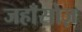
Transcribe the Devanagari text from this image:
जहाँसोज़